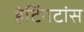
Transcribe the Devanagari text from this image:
हंटिंगटांस